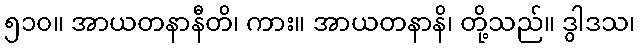
၅၁၀။ အာယတနာနီတိ၊ ကား။ အာယတနာနိ၊ တို့သည်။ ဒွါဒသ၊